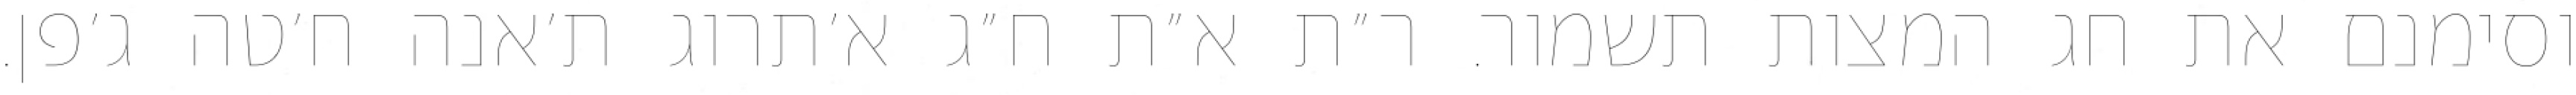
וסימנם את חג המצות תשמור. ר״ת א״ת ח״ג א׳תרוג ת׳אנה ח׳טה ג׳פן.